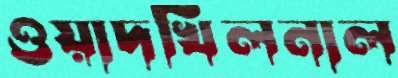
ওয়াদখিলনাল